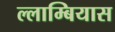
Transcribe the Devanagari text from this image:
ल्लाम्बियास